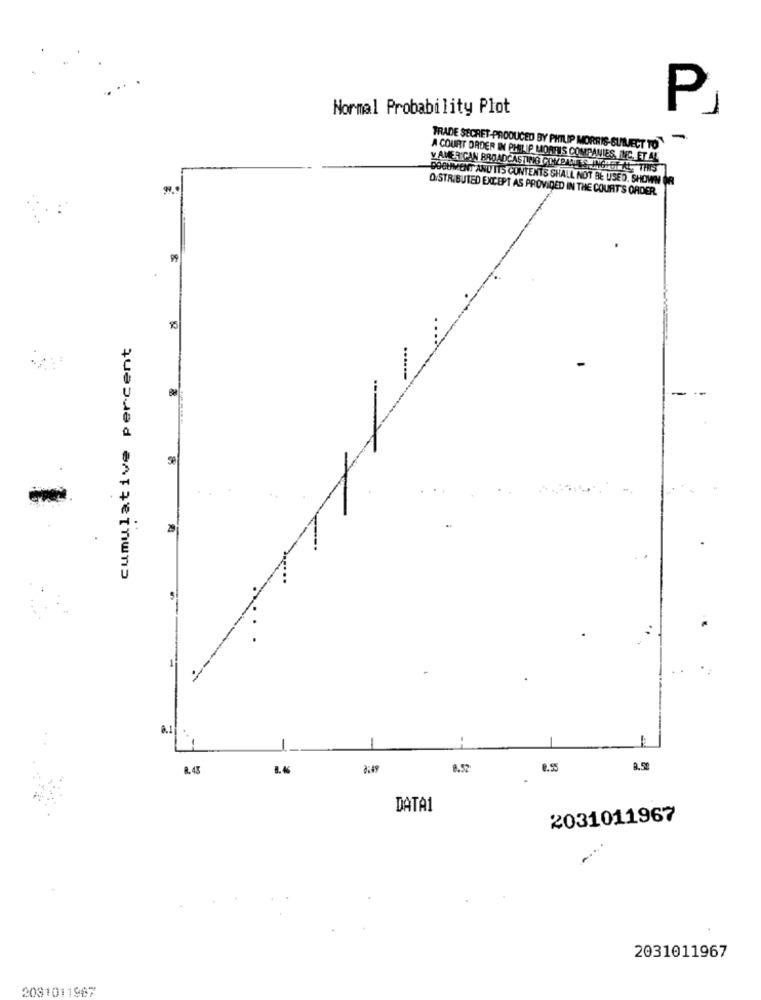
Normal Probability Plot
P
-
TRADE SECRET-PRODUCED BY PHILIP MORRIS-SULJECT TO
A COURT ORDER IN PHILIP MORRIS COMPANIES, INC. ET AL
y AMERICAN BROADCASTING COMPANIES PNGHOE AT
SINGHOF AL, THIS
DOCUMENT AND ITS CONTENTS SHALL NOT BE USED. SHOWN OR
DISTRIBUTED EXCEPT AS PROVIDED IN THE COURT'S ORDER.
89
cumulative percent
--
29
-
8.45
8:49
8.52
DATA1
2031011967
2031011967
2081011987